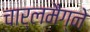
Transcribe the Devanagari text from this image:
चार्लमैग्ने